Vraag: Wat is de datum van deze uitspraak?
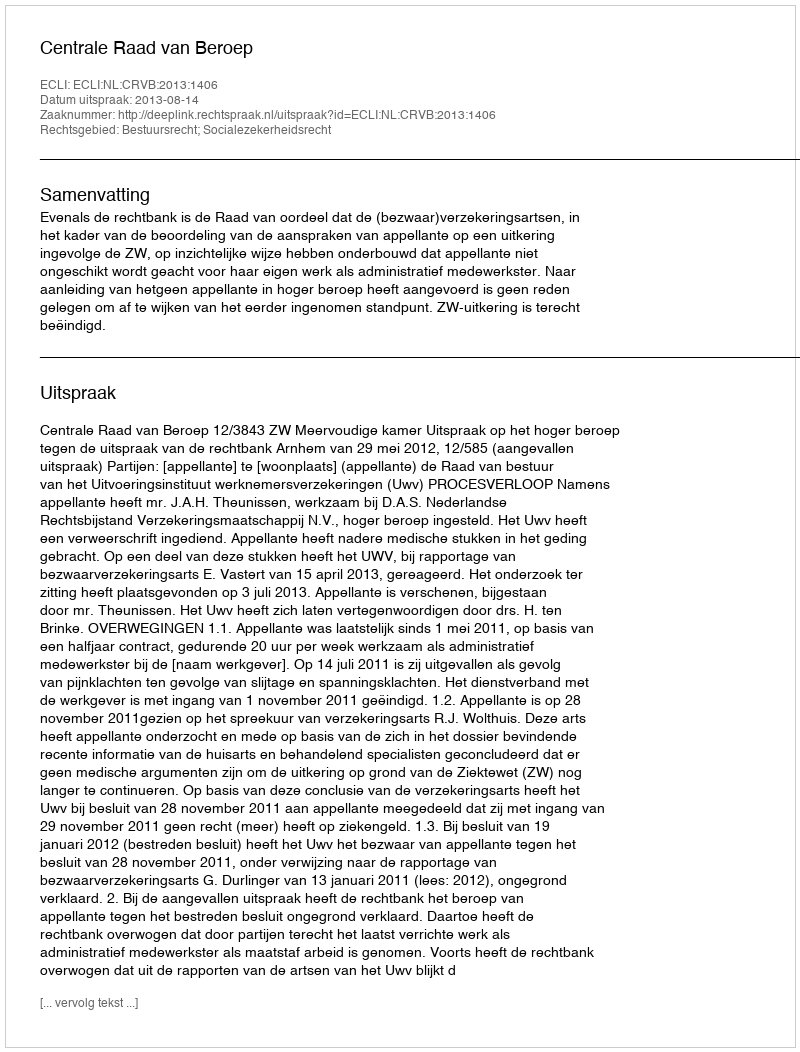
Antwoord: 2013-08-14